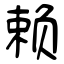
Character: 赖